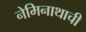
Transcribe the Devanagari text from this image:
नेमिनाथाची